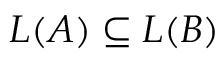
L ( A ) \subseteq L ( B )